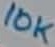
Text: 10K